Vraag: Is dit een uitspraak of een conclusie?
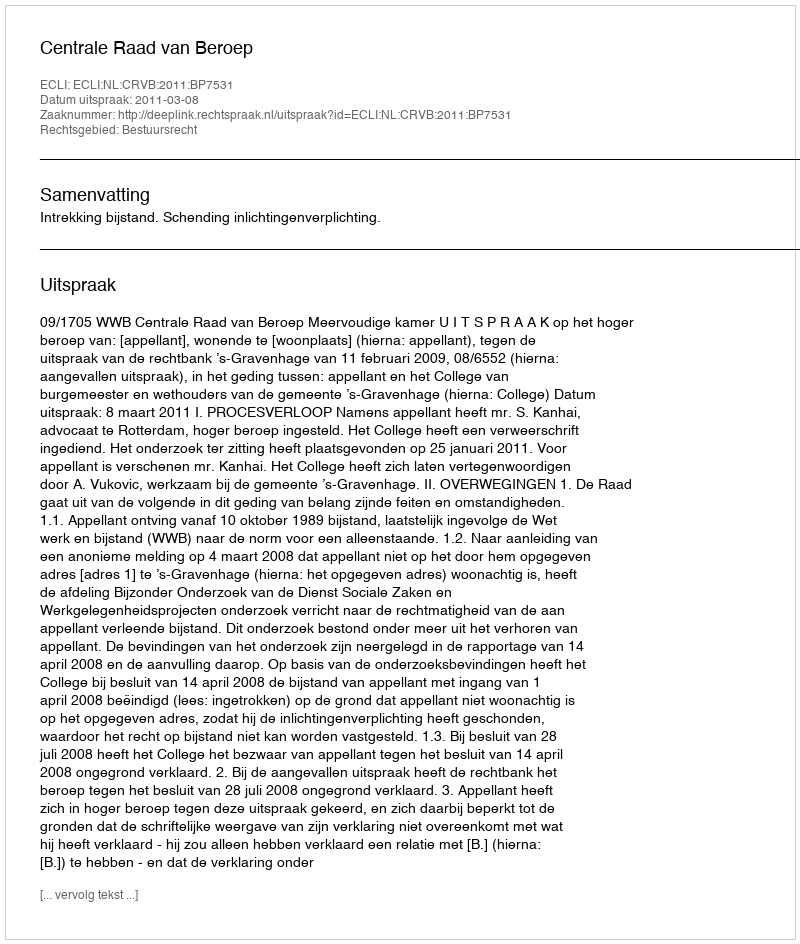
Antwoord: Uitspraak